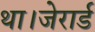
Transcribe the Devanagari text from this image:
था।जेरार्ड